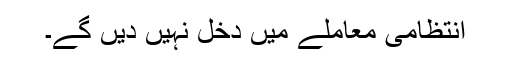
انتظامی معاملے میں دخل نہیں دیں گے۔